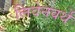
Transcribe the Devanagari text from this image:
लिवेनवर्थ